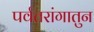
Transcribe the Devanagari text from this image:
पर्वतरांगातुन